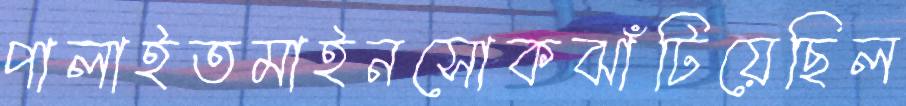
পালাইতমাইনসোকঝাঁটিয়েছিল